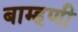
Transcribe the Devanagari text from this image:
बाम्हणी